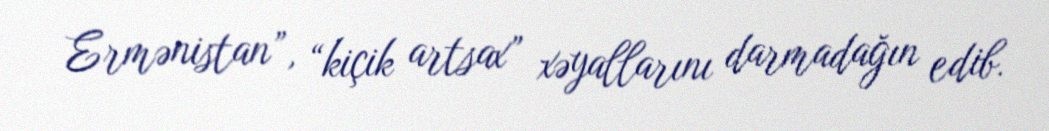
Ermənistan”, “kiçik artsax” xəyallarını darmadağın edib.